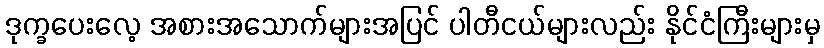
ဒုက္ခပေးလေ့ အစားအသောက်များအပြင် ပါတီငယ်များလည်း နိုင်ငံကြီးများမှ